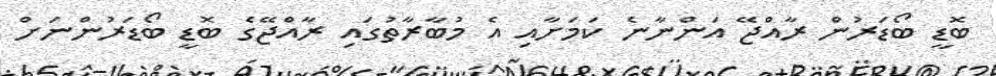
ބޮޑީ ބޯޑަރުން ރާއްޖޭ އަންނާނެ ކަމަށާއި އެ މުބާރާތުގައި ރާއްޖޭގެ ބޮޑީ ބޯޑަރުންނަށް